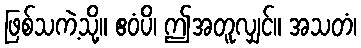
ဖြစ်သကဲ့သို့။ ဧဝံပိ၊ ဤအတူလျှင်။ အသတံ၊